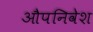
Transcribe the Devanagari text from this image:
औपनिवेश